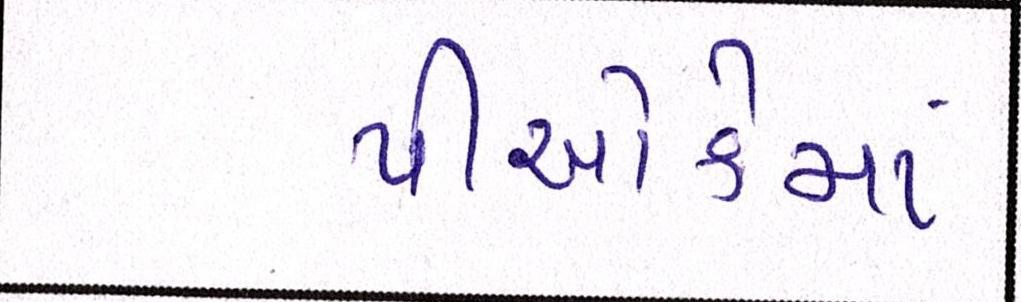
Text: પીઓકેમાં